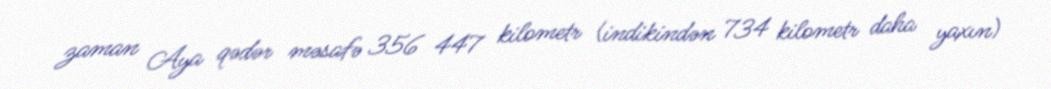
zaman Aya qədər məsafə 356 447 kilometr (indikindən 734 kilometr daha yaxın)